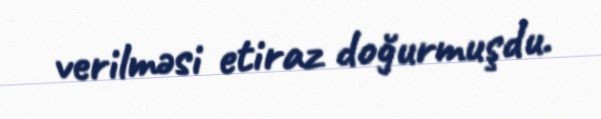
verilməsi etiraz doğurmuşdu.